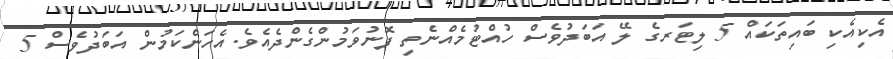
އެކިއެކި ބައިތަކައް 5 ލިޓަރގެ ލޭ އަބަދުވެސް ހުއްޓުމެއްނެތި ފޮނުވަމުންގެންދެއެވެ.އެހަންކަމުން އަބަދުވެސް 5